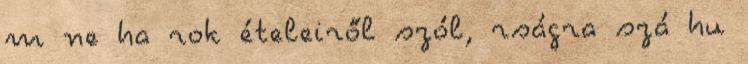
m ne ha rok ételeiről szól, rságra szá hu